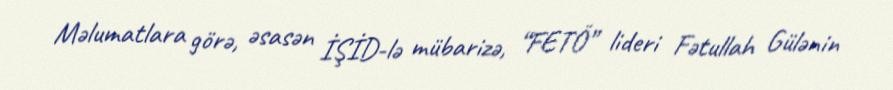
Məlumatlara görə, əsasən İŞİD-lə mübarizə, “FETÖ” lideri Fətullah Gülənin